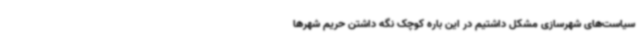
سیاست‌های شهرسازی مشکل داشتیم در این باره کوچک نگه داشتن حریم شهرها